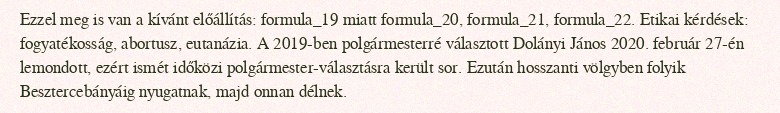
Ezzel meg is van a kívánt előállítás: formula_19 miatt formula_20, formula_21, formula_22. Etikai kérdések: fogyatékosság, abortusz, eutanázia. A 2019-ben polgármesterré választott Dolányi János 2020. február 27-én lemondott, ezért ismét időközi polgármester-választásra került sor. Ezután hosszanti völgyben folyik Besztercebányáig nyugatnak, majd onnan délnek.